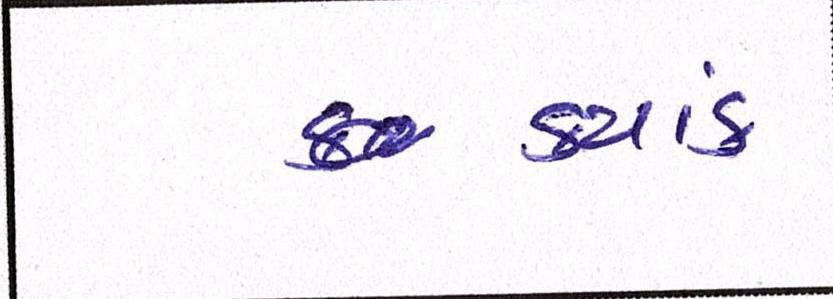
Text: કયાંય